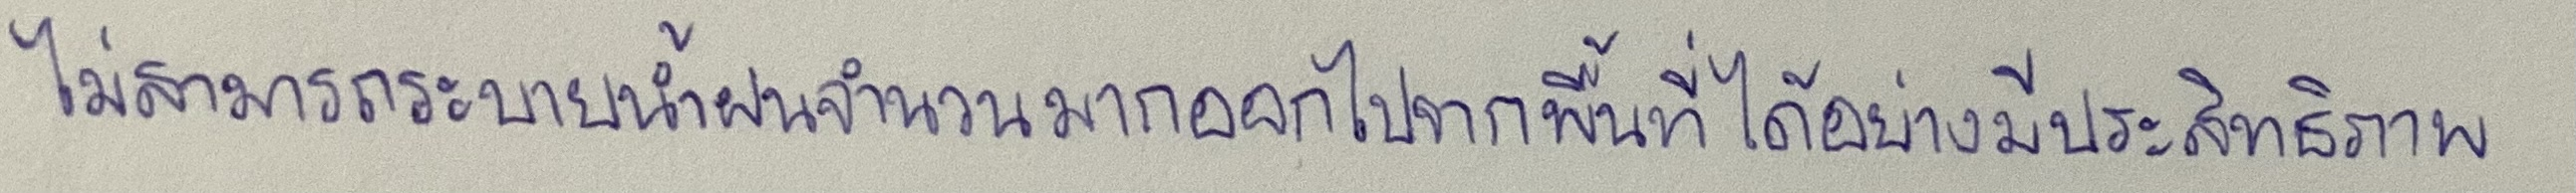
ไม่สามารถระบายน้ำฝนจำนวนมากออกไปจากพื้นที่ได้อย่างมีประสิทธิภาพ